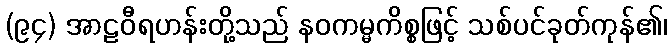
(၉၄) အာဠဝီရဟန်းတို့သည် နဝကမ္မကိစ္စဖြင့် သစ်ပင်ခုတ်ကုန်၏၊